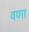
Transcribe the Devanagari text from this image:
वणा